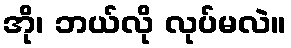
အို၊ ဘယ်လို လုပ်မလဲ။